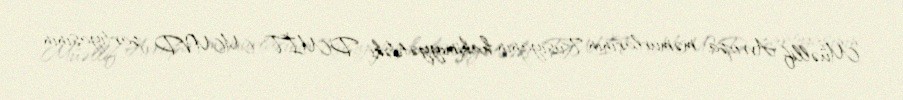
Müəllif Avropa məmurlarının Rusiyanın hakimiyyətdəki DMİT-MMVD partiyasının